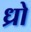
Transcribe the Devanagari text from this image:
ध्रो